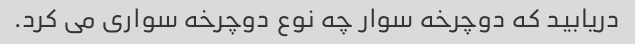
دریابید که دوچرخه سوار چه نوع دوچرخه سواری می کرد.